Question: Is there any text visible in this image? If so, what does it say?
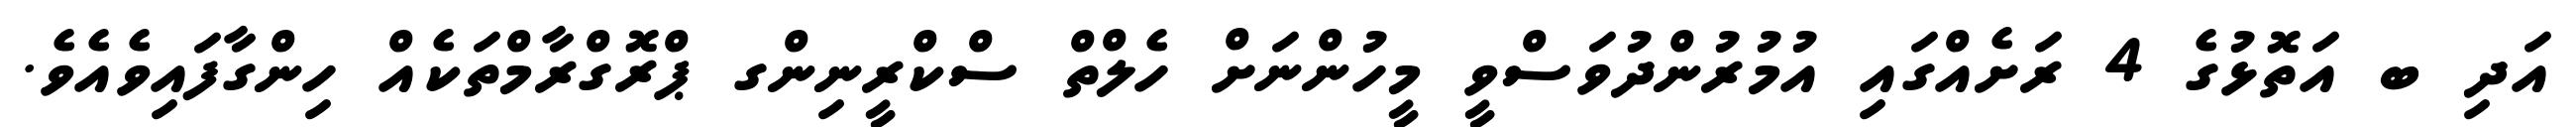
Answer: އަދި ބ އަތޮޅުގެ 4 ރަށެއްގައި އުމުރުންދުވަސްވީ މީހުންނަށް ހެލްތް ސްކްރީނިންގ ޕްރޮގްރާމްތަކެއް ހިންގާފައިވެއެވެ.